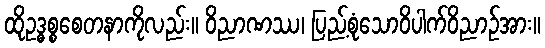
ထိုဥဒ္ဓစ္စစေတနာကိုလည်း။ ဝိညာဏဿ၊ ပြည့်စုံသောဝိပါက်ဝိညာဉ်အား။